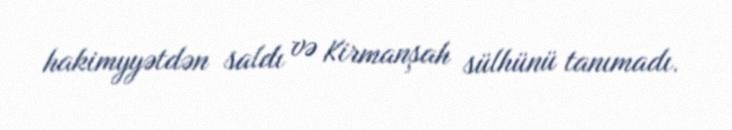
hakimyyətdən saldı və Kirmanşah sülhünü tanımadı.